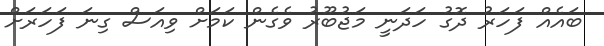
ބައެއް ފަހަރު ދޮގު ހަދަނީ މަޖުބޫރު ވެގެން ކަމަށް ވިއަސް ގިނަ ފަހަރަށް